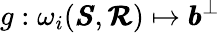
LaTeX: g:\omega_{i}(\pmb{S},\pmb{\mathcal{R}})\mapsto\pmb{b}^{\bot}